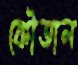
কৌতাল